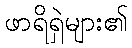
ဖာရိရှဲများ၏